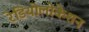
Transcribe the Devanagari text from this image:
रेडियोलोकेशन